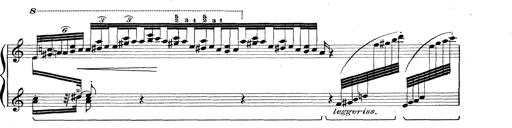
Title: Rapsodie: 19 ungheresi, 1 spagnuola
Composer: Franz Liszt